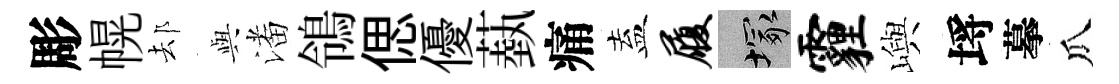
彫幌𨚫𫤰潘鴒偲優蓺痛盍履塚霾嶼埓摹瓜